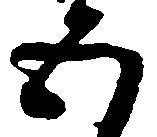
五